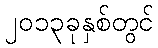
၂၀၁၃ခုနှစ်တွင်